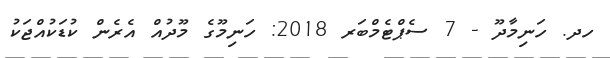
ހދ. ހަނިމާދޫ - 7 ސެޕްޓެމްބަރ 2018: ހަނިމޫގެ މޫދުއް އެރެން ކުޑަކުުއްޖަކު